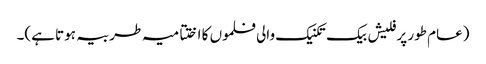
(عام طور پر فلیش بیک تکنیک والی فلموں کا اختتامیہ طربیہ ہوتا ہے)۔